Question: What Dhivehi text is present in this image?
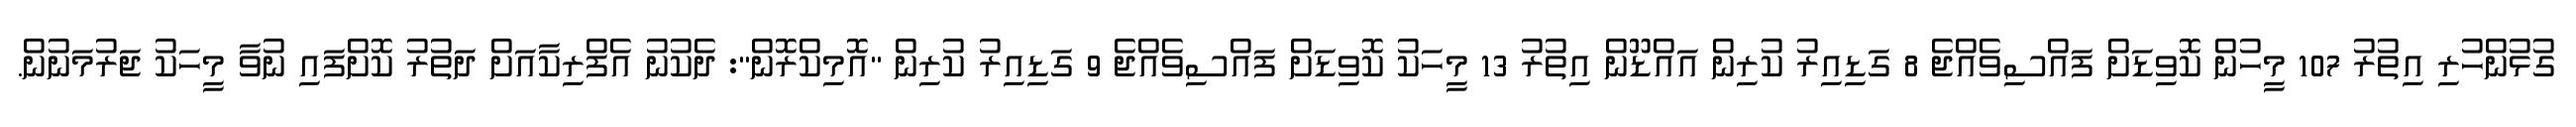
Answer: ގުޅުންހުރި އިތުރު 107 މީހުން ކޮވިޑަށް ފައްސިވެއްޖެ 8 ގަޑިއިރު ކުރިން އައްޑޫން އިތުރު 13 މީހަކު ކޮވިޑަށް ފައްސިވެއްޖެ 9 ގަޑިއިރު ކުރިން "އޮމިކްރޮން": ދެކުނު އެފްރިކާއަށް ދަތުރު ކޮށްފައި ނުވާ މީހަކު ޖަރުމަނުން.